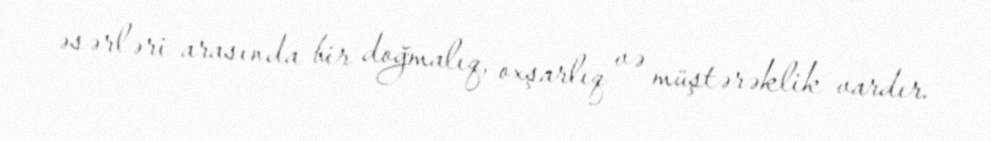
əsərləri arasında bir doğmalıq, oxşarlıq və müştərəklik vardır.